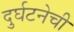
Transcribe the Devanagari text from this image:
दुर्घटनेची